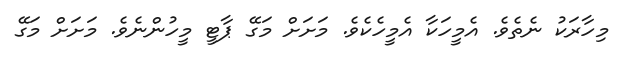
މިހާރަކު ނެތެވެ. އެމީހަކާ އެމީހެކެވެ. މަށަށް މަގޭ ޕާޓީ މީހުންނެވެ. މަށަށް މަގޭ